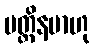
ပတ္တိနမာဟု